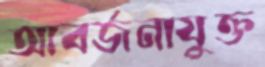
আবর্জনাযুক্ত